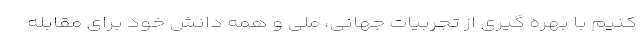
کنیم با بهره گیری از تجربیات جهانی، ملی و همه دانش خود برای مقابله